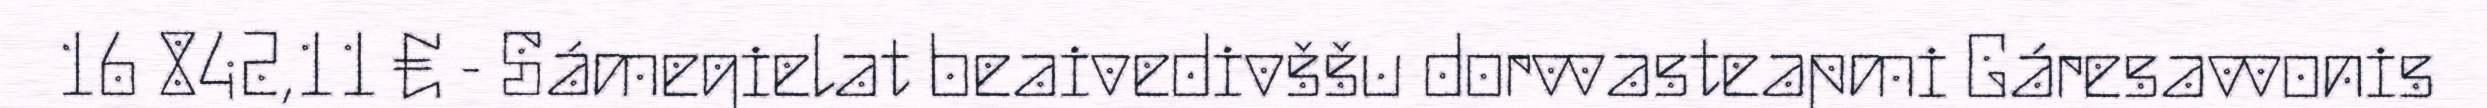
16 842,11 € - Sámegielat beaivedivššu dorvvasteapmi Gáresavvonis